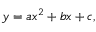
y = a x ^ { 2 } + b x + c ,